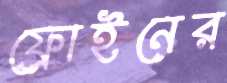
ফ্রোইনের